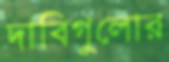
দাবিগুলোর